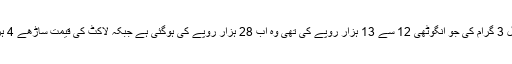
انہوں نے مثال دیتے ہوئے بتایا کہ ڈیڑھ سال قبل 3 گرام کی جو انگوٹھی 12 سے 13 ہزار روپے کی تھی وہ اب 28 ہزار روپے کی ہوگئی ہے جبکہ لاکٹ کی قیمت ساڑھے 4 ہزار کے مقابلے میں ساڑھے 7 ہزار ہوگئی ہے۔